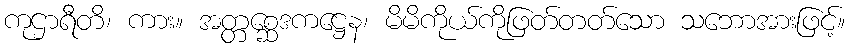
ကုဌာရီတိ၊ ကား။ အတ္တစ္ဆေဒကဋ္ဌေန၊ မိမိကိုယ်ကိုဖြတ်တတ်သော သဘောအားဖြင့်။